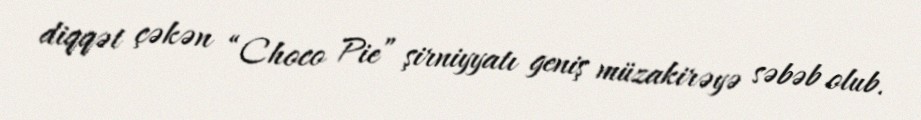
diqqət çəkən “Choco Pie” şirniyyatı geniş müzakirəyə səbəb olub.